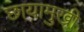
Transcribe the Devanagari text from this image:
छायामुखी